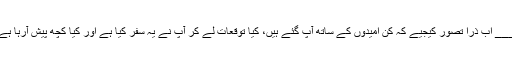
___ اب ذرا تصور کیجیے کہ کن اُمیدوں کے ساتھ آپؐ گئے ہیں، کیا توقعات لے کر آپؐ نے یہ سفر کیا ہے اور کیا کچھ پیش آرہا ہے۔